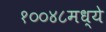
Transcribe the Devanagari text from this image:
१००४८मध्ये